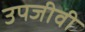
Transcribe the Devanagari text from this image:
उपजीवी